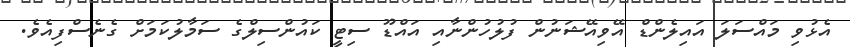
އެޅުވި މައްސަލަ އައިލެންޑް އޭވިއޭޝަނުން ފުލުހުންނާއި އައްޑޫ ސިޓީ ކައުންސިލްގެ ސަމާލުކަމަށް ގެނެސްފިއެވެ.